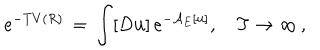
e ^ { - T V ( R ) } \, = \, \int _ { } ^ { } [ D { \bf u } ] \, e ^ { - { \cal A } _ { E } [ { \bf u } ] } , \quad T \to \infty \, { , }